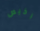
رخيص